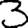
Digit: 3